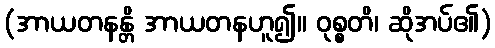
(အာယတနန္တိ အာယတနဟူ၍။ ဝုစ္စတိ၊ ဆိုအပ်၏)